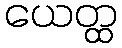
ယေတ္ထ